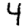
Digit: 4